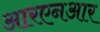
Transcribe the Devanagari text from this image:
आरएनआर